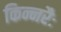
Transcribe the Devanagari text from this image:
किन्नरैः